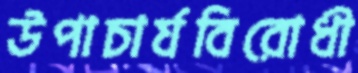
উপাচার্যবিরোধী